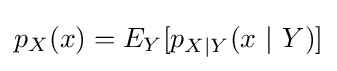
p_{X}(x)=E_{Y}[p_{X|Y}(x\ |\ Y)]